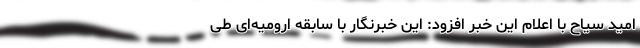
امید سیاح با اعلام این خبر افزود: این خبرنگار با سابقه ارومیه‌ای طی